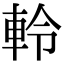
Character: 軨